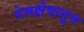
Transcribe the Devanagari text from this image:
नेमक्षेत्रातून